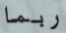
ربما